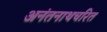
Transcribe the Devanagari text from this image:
अनंतनाथचरित